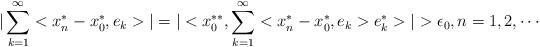
LaTeX: \begin{align*}|\sum_{k=1}^{\infty}<x^{*}_{n}-x^{*}_{0},e_{k}>|=|<x^{**}_{0},\sum_{k=1}^{\infty}<x^{*}_{n}-x^{*}_{0},e_{k}>e^{*}_{k}>|>\epsilon_{0},n=1,2,\cdots\end{align*}